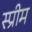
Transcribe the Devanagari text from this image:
स्प्रीम